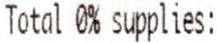
TOTAL 0% SUPPLIES: